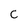
Character: C